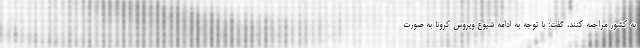
به کشور مراجعه کنند، گفت: با توجه به ادامه شیوع ویروس کرونا به صورت